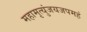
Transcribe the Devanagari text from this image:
महामृत्युंजयजपमहं